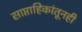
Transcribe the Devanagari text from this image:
साप्ताहिकांतूनही